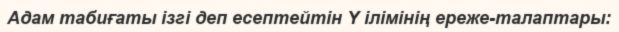
Адам табиғаты ізгі деп есептейтін Y ілімінің ереже-талаптары: